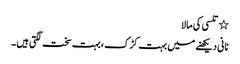
٭ تلسی کی مالا
نانی دیکھنے میں بہت کڑک ، بہت سخت لگتی ہیں ۔